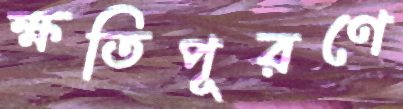
ক্ষতিপূরণে